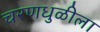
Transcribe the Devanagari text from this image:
चरणधुळीला